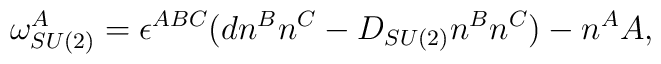
\omega _{SU(2)}^A=\epsilon^{ABC}(dn^Bn^C-D_{SU(2)}n^Bn^C)-n^AA,